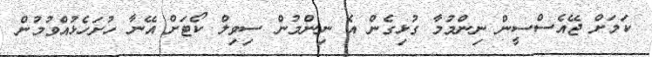
ކަމަށް ޖޭއެސްސީން ނިންމުމާ ގުޅިގެން އެ ނިންމުން ސިވިލް ކޯޓަށް އޭނާ ހުށަހެޅުއްވުމުން